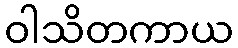
ဝါသိတကာယ